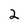
Character: 2